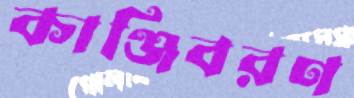
কাঞ্জিবরণ